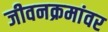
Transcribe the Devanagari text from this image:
जीवनक्रमांवर